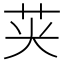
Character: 𮎦